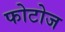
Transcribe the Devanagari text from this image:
फोटोज